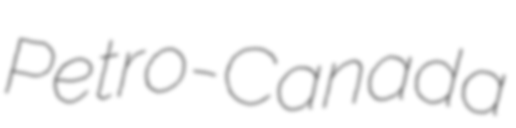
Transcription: Petro-Canada